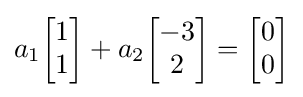
a_{1}{\begin{bmatrix}1\\1\end{bmatrix}}+a_{2}{\begin{bmatrix}-3\\2\end{bmatrix}}={\begin{bmatrix}0\\0\end{bmatrix}}